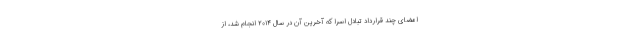
امضای چند قرارداد تبادل اسرا که آخرین آن در سال ۲۰۱۴ انجام شد، از